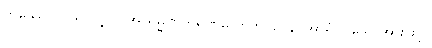
တဿေဝ ၊ သာလျှင်။ အာရမ္မဏကရဏမလာဘာဝေန၊ အာရုံပြု သောအားဖြင့်။